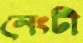
নেংটী